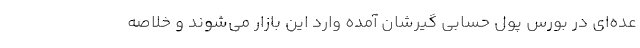
عده‌ای در بورس پول حسابی گیرشان آمده وارد این بازار می‌شوند و خلاصه